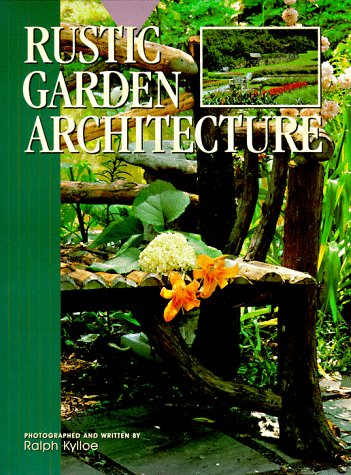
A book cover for Rustic Garden Architecture; Crafts, Hobbies & Home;